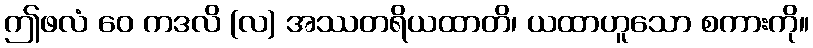
ဤဖလံ ဝေ ကဒလိ (လ) အဿတရိယထာတိ၊ ယထာဟူသော စကားကို။